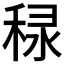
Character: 𥞾